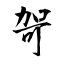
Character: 哿